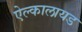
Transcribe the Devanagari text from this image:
ऐल्कालायड